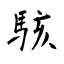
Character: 駭